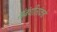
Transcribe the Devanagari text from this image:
संबंधीतांकडे